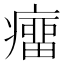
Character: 癅